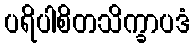
ပရိပါစိတသိက္ခာပဒံ